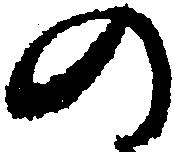
の